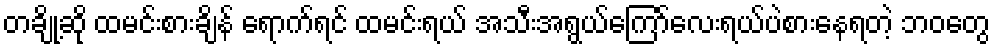
တချို့ဆို ထမင်းစားချိန် ရောက်ရင် ထမင်းရယ် အသီးအရွယ်ကြော်လေးရယ်ပဲစားနေရတဲ့ ဘဝတွေ